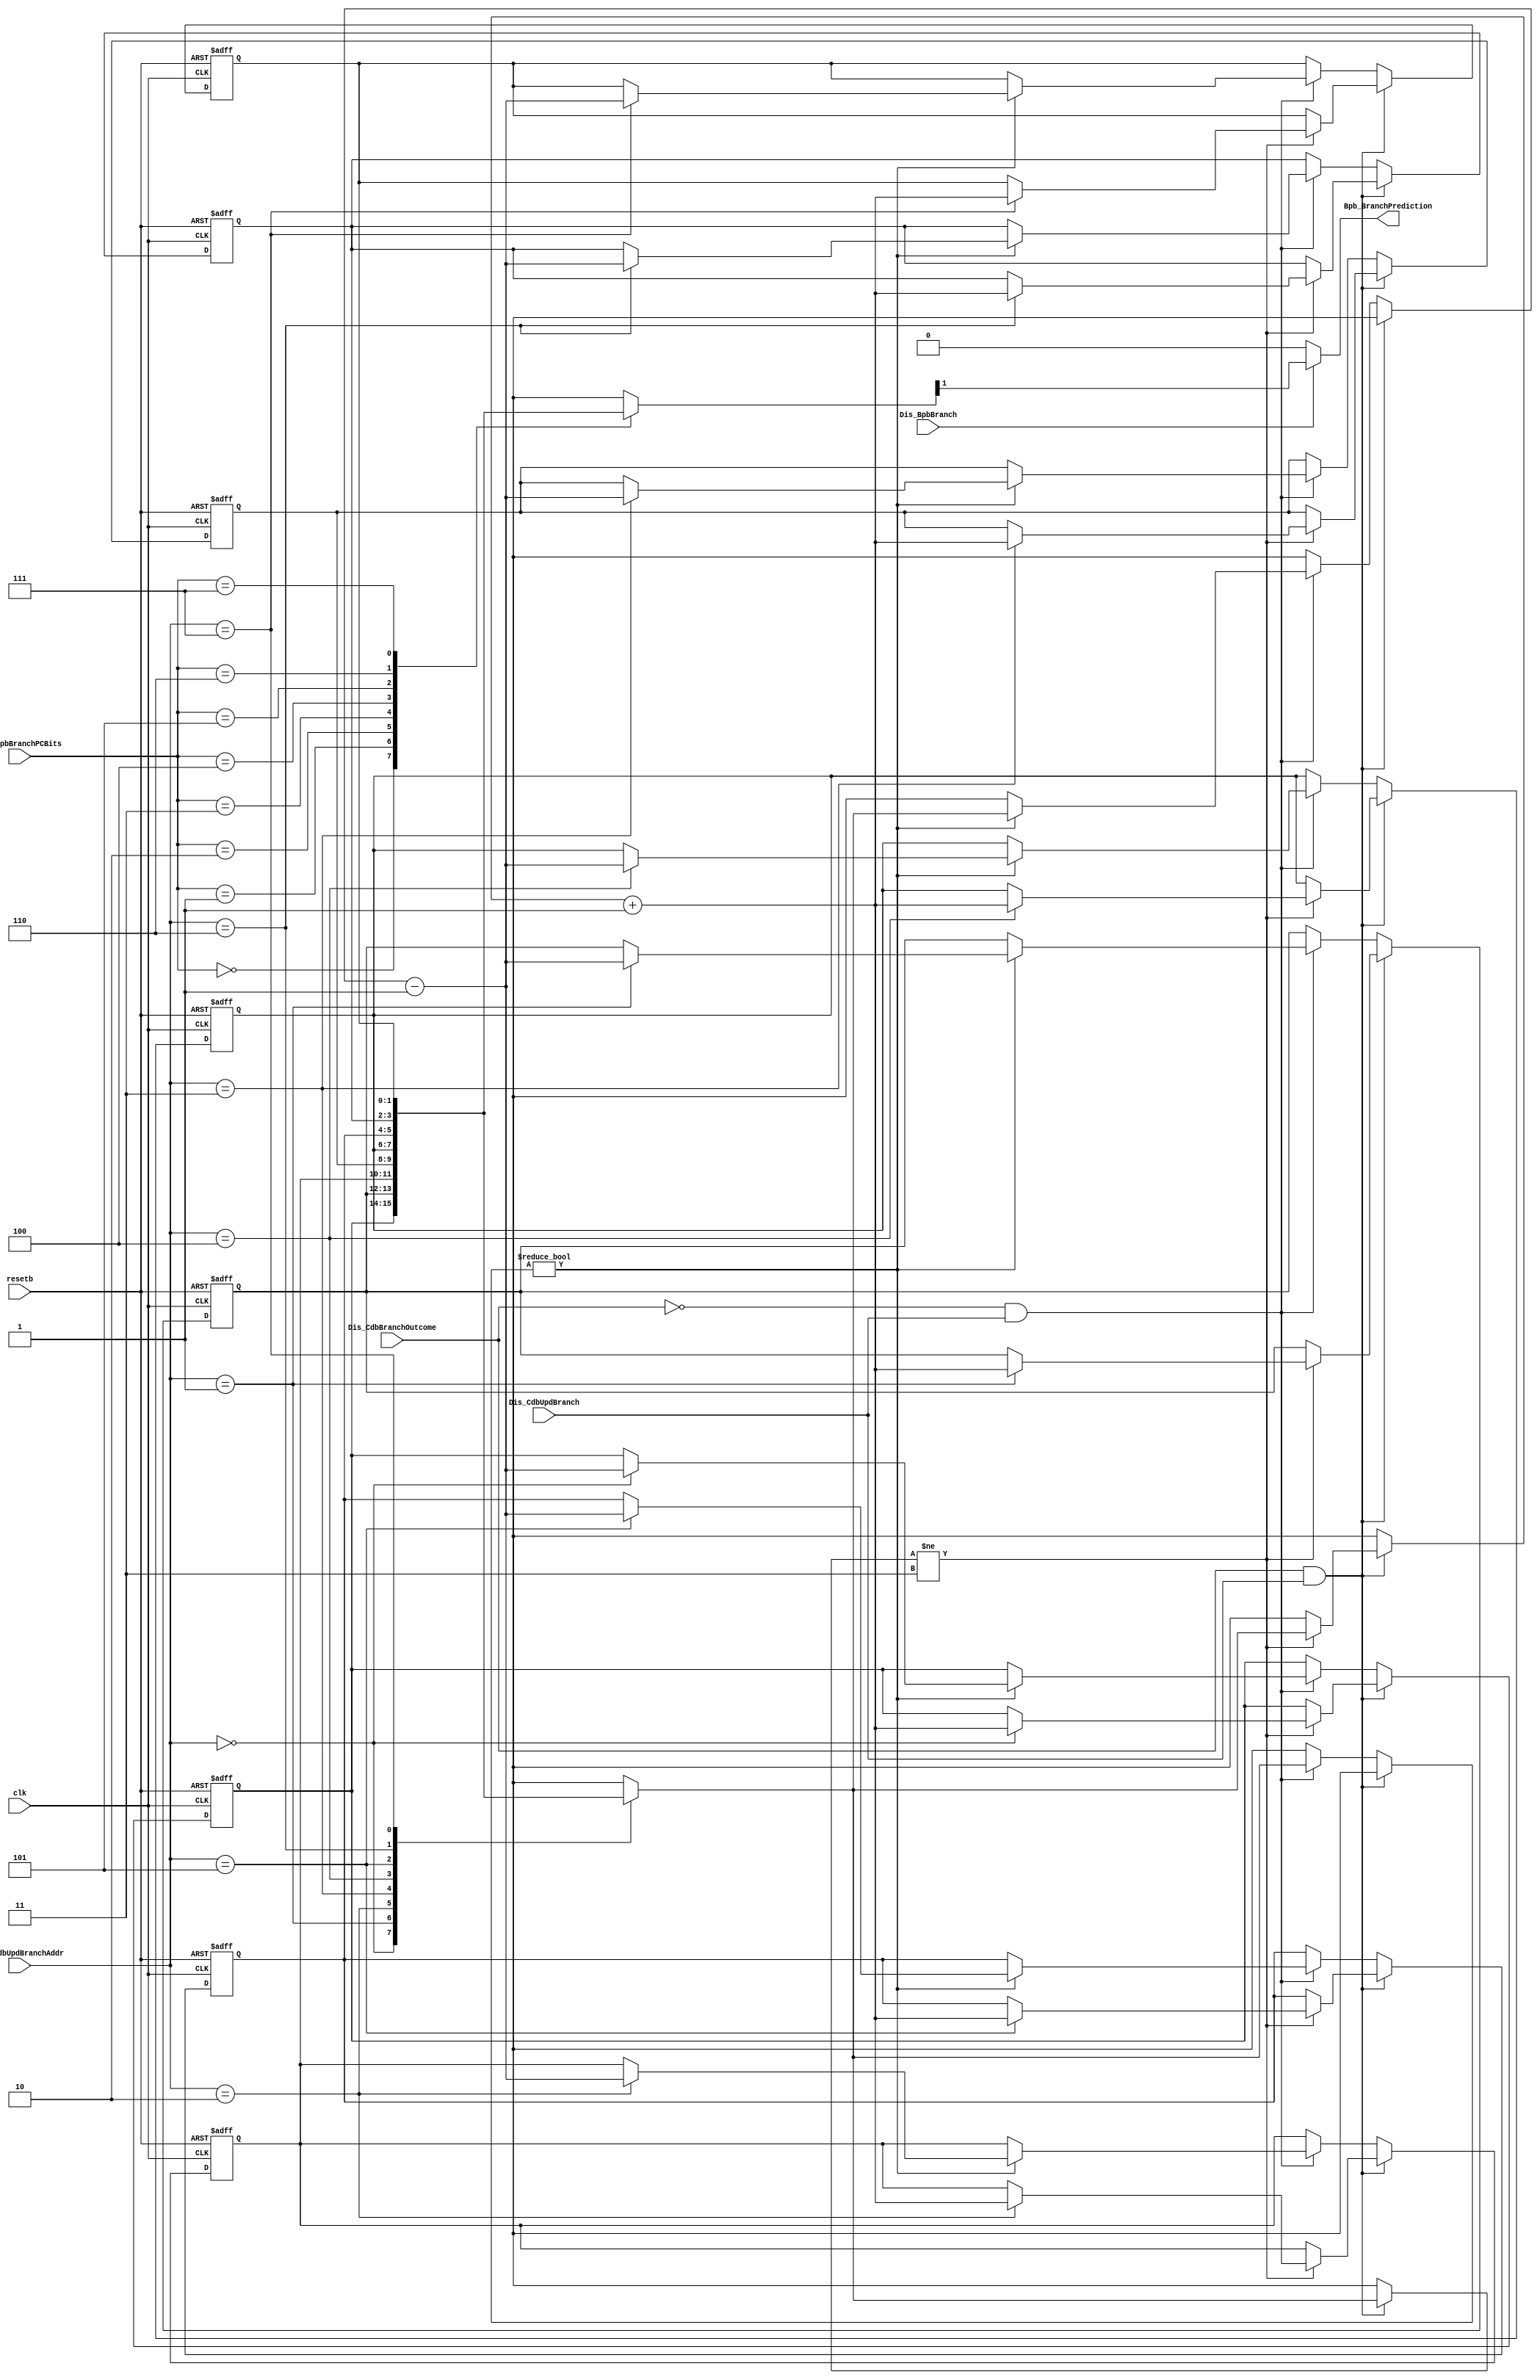
// Copyright @ 2022 Yuqing Guo

//Branch Predicton Buffer

module bpb( clk,
            resetb,
            Dis_CdbUpdBranch,
            Dis_CdbUpdBranchAddr,
            Dis_CdbBranchOutcome,
            Dis_BpbBranchPCBits,
            Dis_BpbBranch,
            Bpb_BranchPrediction
            );

    input clk;
    input resetb;
    // interface with cdb
    input Dis_CdbUpdBranch; 
    input [2:0] Dis_CdbUpdBranchAddr;
    input Dis_CdbBranchOutcome;
    // interface with dispatch unit
    input [2:0] Dis_BpbBranchPCBits; // PC[4:2]
    input Dis_BpbBranch;
    output Bpb_BranchPrediction;

    reg [1:0] bpb_array [0:7];
    wire [1:0] bpb_read_status;
    
    assign bpb_read_status = bpb_array[Dis_BpbBranchPCBits];
    assign Bpb_BranchPrediction = Dis_BpbBranch ? bpb_read_status[1] : 0;
    
    always @ (posedge clk or negedge resetb) begin
        
        if (!resetb) begin
            bpb_array[0] <= 2'b01;
            bpb_array[1] <= 2'b10;
            bpb_array[2] <= 2'b01;
            bpb_array[3] <= 2'b10;
            bpb_array[4] <= 2'b01;
            bpb_array[5] <= 2'b10;
            bpb_array[6] <= 2'b01;
            bpb_array[7] <= 2'b10;
        end
        
        else begin
            if (Dis_CdbBranchOutcome && Dis_CdbUpdBranch) begin
                if (bpb_array[Dis_CdbUpdBranchAddr] != 2'b11) 
                    bpb_array[Dis_CdbUpdBranchAddr] <= bpb_array[Dis_CdbUpdBranchAddr] + 1;
            end
            else if (!Dis_CdbBranchOutcome && Dis_CdbUpdBranch) begin
                if (bpb_array[Dis_CdbUpdBranchAddr] != 2'b00) 
                    bpb_array[Dis_CdbUpdBranchAddr] <= bpb_array[Dis_CdbUpdBranchAddr] - 1;                    
            end
        end
    end

endmodule